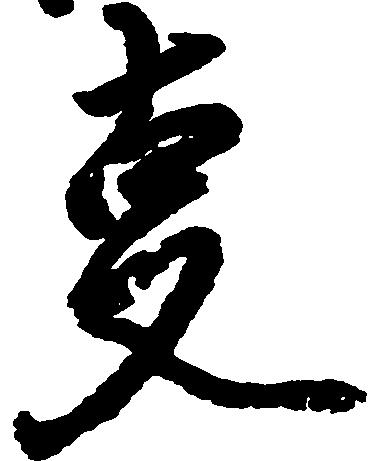
事